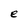
Character: e